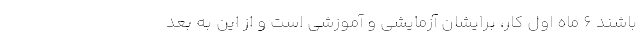
باشند ۶ ماه اول کار، برایشان آزمایشی و آموزشی است و از این به بعد